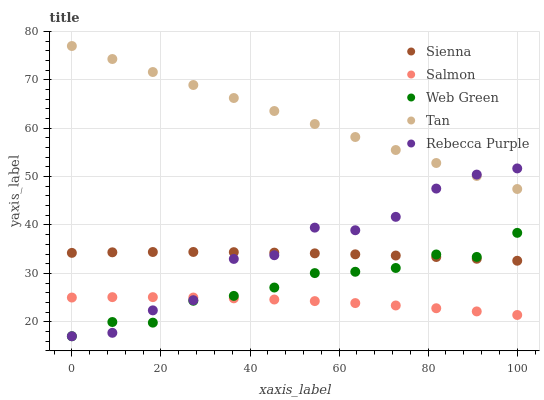
| xaxis_label | Sienna | Salmon | Web Green | Tan | Rebecca Purple |
 | --- | --- | --- | --- | --- | --- |
 | 0 | 34.2 | 25 | 17 | 77 | 17 |
 | 9.09 | 34.4 | 25.1 | 19.9 | 74.3 | 17.7 |
 | 18.2 | 34.4 | 25.1 | 19.8 | 71.6 | 22.4 |
 | 27.3 | 34.4 | 25 | 24.3 | 68.9 | 24.5 |
 | 36.4 | 34.4 | 24.8 | 25.3 | 66.3 | 33 |
 | 45.5 | 34.3 | 24.6 | 27.1 | 63.6 | 33.8 |
 | 54.5 | 34.1 | 24.3 | 30.1 | 60.9 | 39.5 |
 | 63.6 | 33.9 | 23.9 | 30.3 | 58.2 | 38.9 |
 | 72.7 | 33.7 | 23.4 | 31.1 | 55.5 | 41.7 |
 | 81.8 | 33.4 | 22.8 | 33.9 | 52.8 | 47.5 |
 | 90.9 | 33 | 22.1 | 33.4 | 50.1 | 50.4 |
 | 100 | 32.6 | 21.4 | 38.4 | 47.4 | 51.7 |